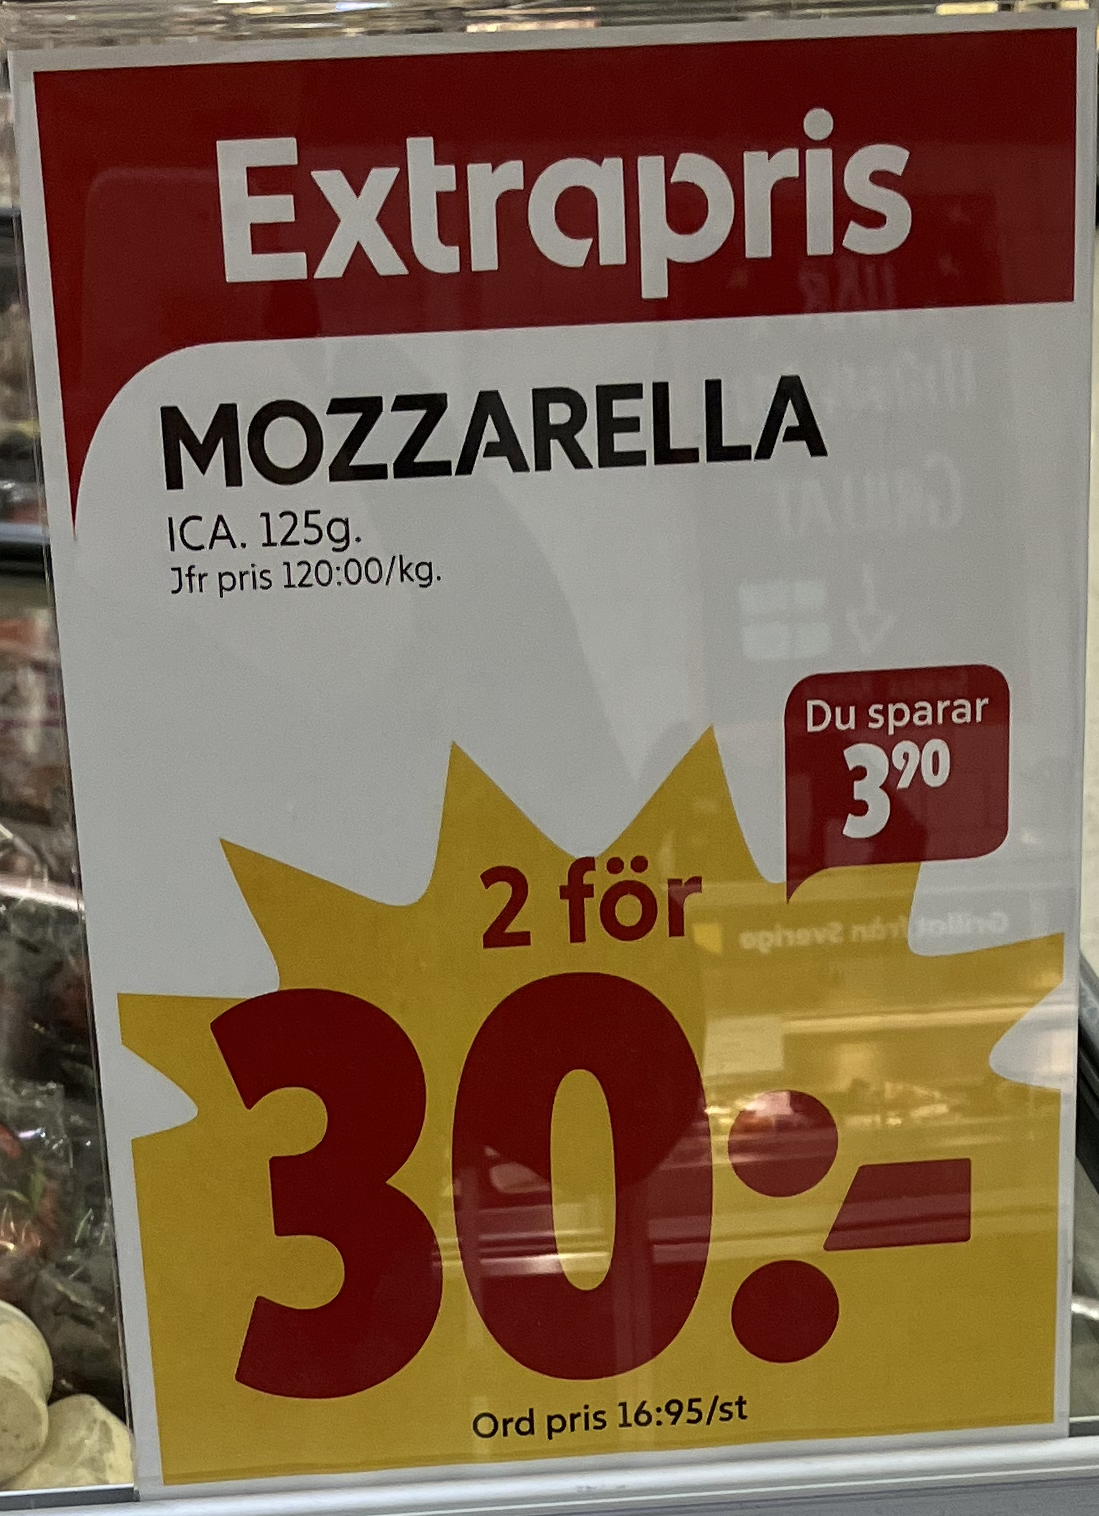
Vara: Mozzarella
Genomsnittspris: 120 per kg